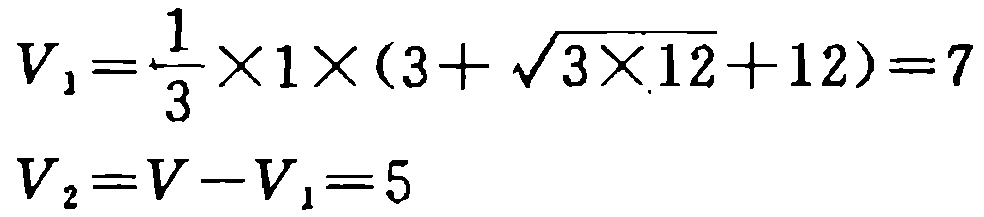
\[
V_1=\frac{1}{3}\times1\times(3 + \sqrt{3\times12}+12)=7
\]
\[
V_2 = V - V_1=5
\]